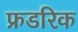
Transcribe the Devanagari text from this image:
फ्रडरिक